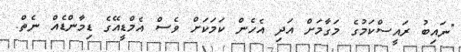
"ނައިބު ރައީސްކަމުގެ މަގާމަށް އަދި އެހެން ކަމަކަށް ވެސް އެމްޑީއޭގެ ޑިމާންޑެއް ނެތް.